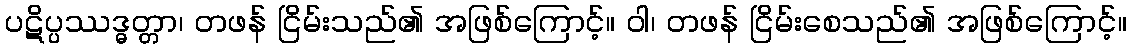
ပဋိပ္ပဿဒ္ဓတ္တာ၊ တဖန် ငြိမ်းသည်၏ အဖြစ်ကြောင့်။ ဝါ၊ တဖန် ငြိမ်းစေသည်၏ အဖြစ်ကြောင့်။